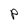
Character: P